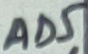
Text: AD5